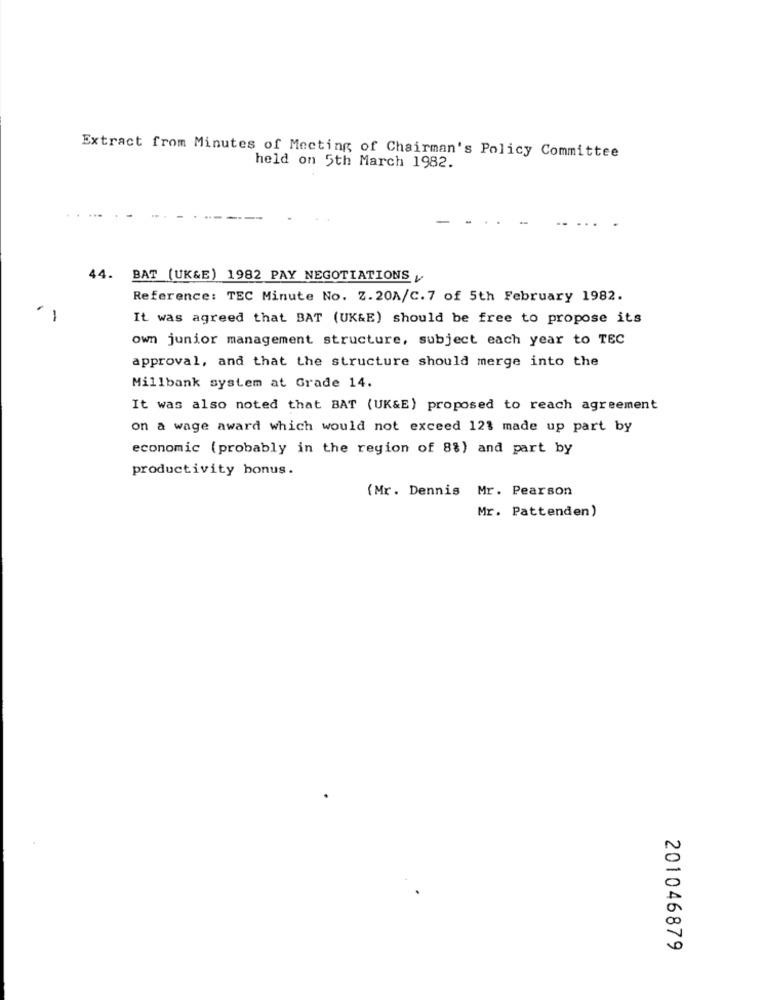
Extract from Minutes of Meeting of Chairman's Policy Committee
held on 5th March 1982.
44. BAT (UK&E) 1982 PAY NEGOTIATIONS y
Reference: TEC Minute No. Z. 20A/C.7 of 5th February 1982.
It was agreed that BAT (UK&E) should be free to propose its
own junior management structure, subject each year to TEC
approval, and that the structure should merge into the
Millbank system at Grade 14.
It was also noted that BAT (UK&E) proposed to reach agreement
on a wage award which would not exceed 123 made up part by
economic (probably in the region of 8%) and part by
productivity bonus.
(Mr. Dennis Mr. Pearson
Mr. Pattenden)
201046879